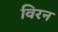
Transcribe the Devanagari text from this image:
विरन